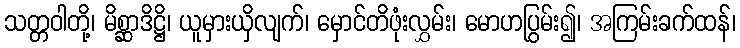
သတ္တဝါတို့၊ မိစ္ဆာဒိဋ္ဌိ၊ ယူမှားယှိလျက်၊ မှောင်တိဖုံးလွှမ်း၊ မောဟပြွမ်း၍၊ အကြမ်းခက်ထန်၊